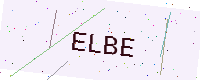
Text: ELBE